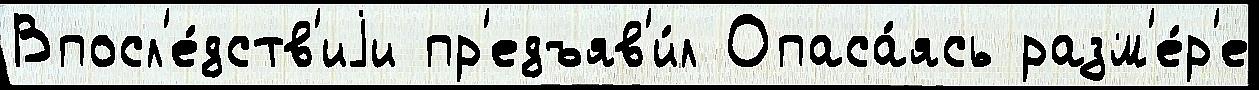
Впосл'е́дств'иjи пр'едъяв'и́л Опаса́ясь разм'е́р'е